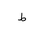
Letter: _da